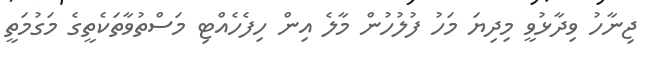
ޖިނާހު ވިދާޅުވީ މިދިޔަ މަހު ފުލުހުން މާލެ އިން ހިފެހެއްޓި މަސްތުވާތަކެތީގެ މަގުމަތީ